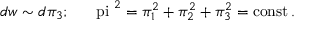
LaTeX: d w \sim d \pi _ { 3 } ; \ \ \ \mathrm { { \boldmath ~ \ p i ~ } } ^ { 2 } = \pi _ { 1 } ^ { 2 } + \pi _ { 2 } ^ { 2 } + \pi _ { 3 } ^ { 2 } = \mathrm { c o n s t } \, .